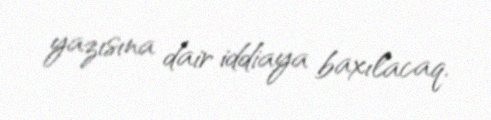
yazısına dair iddiaya baxılacaq.